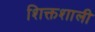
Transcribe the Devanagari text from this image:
शिक्तशाली